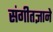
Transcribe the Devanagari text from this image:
संगीतज्ञाने